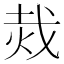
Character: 烖